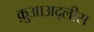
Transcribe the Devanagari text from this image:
क़ुआअद्लीस